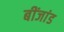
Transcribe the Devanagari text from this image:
बींजांड